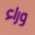
وراء